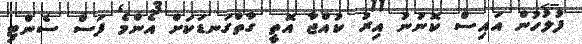
ފުލުހުން އައިސް ކޮނުނު އިރު ކުއްޖާ އޮތީ ގާތްގަނޑަކަށް އެންމެ ފަސް ސެންޓި